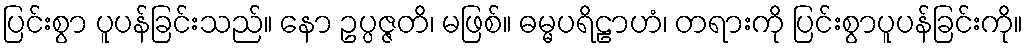
ပြင်းစွာ ပူပန်ခြင်းသည်။ နော ဥပ္ပဇ္ဇတိ၊ မဖြစ်။ ဓမ္မပရိဠာဟံ၊ တရားကို ပြင်းစွာပူပန်ခြင်းကို။